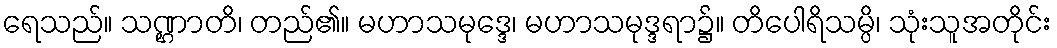
ရေသည်။ သဏ္ဌာတိ၊ တည်၏။ မဟာသမုဒ္ဒေ၊ မဟာသမုဒ္ဒရာ၌။ တိပေါရိသမ္ပိ၊ သုံးသူအတိုင်း